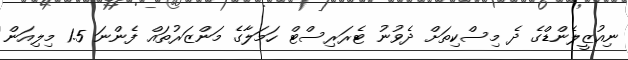
ނިއުޒީލެންޑްގެ ދެ މިސްކިތަށް ދެވުނު ޓެރަރިސްޓް ހަމަލާގެ މަންޒަރުތައް ފެންނަ 1.5 މިލިއަން